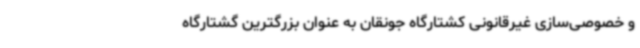
و خصوصی‌سازی غیرقانونی کشتارگاه جونقان به عنوان بزرگترین گشتارگاه